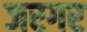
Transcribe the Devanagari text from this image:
जरगर